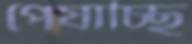
পেষাচ্ছি